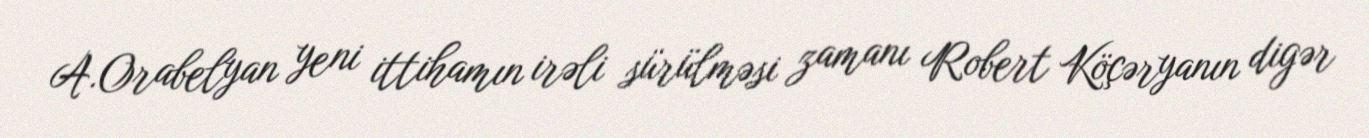
A.Orabelyan yeni ittihamın irəli sürülməsi zamanı Robert Köçəryanın digər